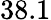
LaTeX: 38.1